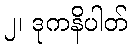
၂၊ ဒုကနိပါတ်